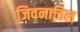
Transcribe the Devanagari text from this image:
जिवनातिल